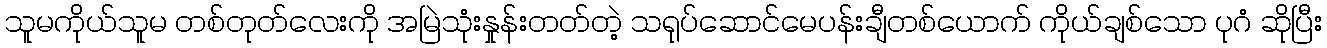
သူမကိုယ်သူမ တစ်တုတ်လေးကို အမြဲသုံးနှုန်းတတ်တဲ့ သရုပ်ဆောင်မေပန်းချီတစ်ယောက် ကိုယ်ချစ်သော ပုဂံ ဆိုပြီး